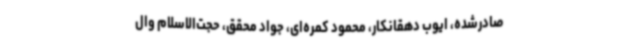
صادرشده، ایوب دهقانکار، محمود کمره‌ای، جواد محقق، حجت‌الاسلام وال